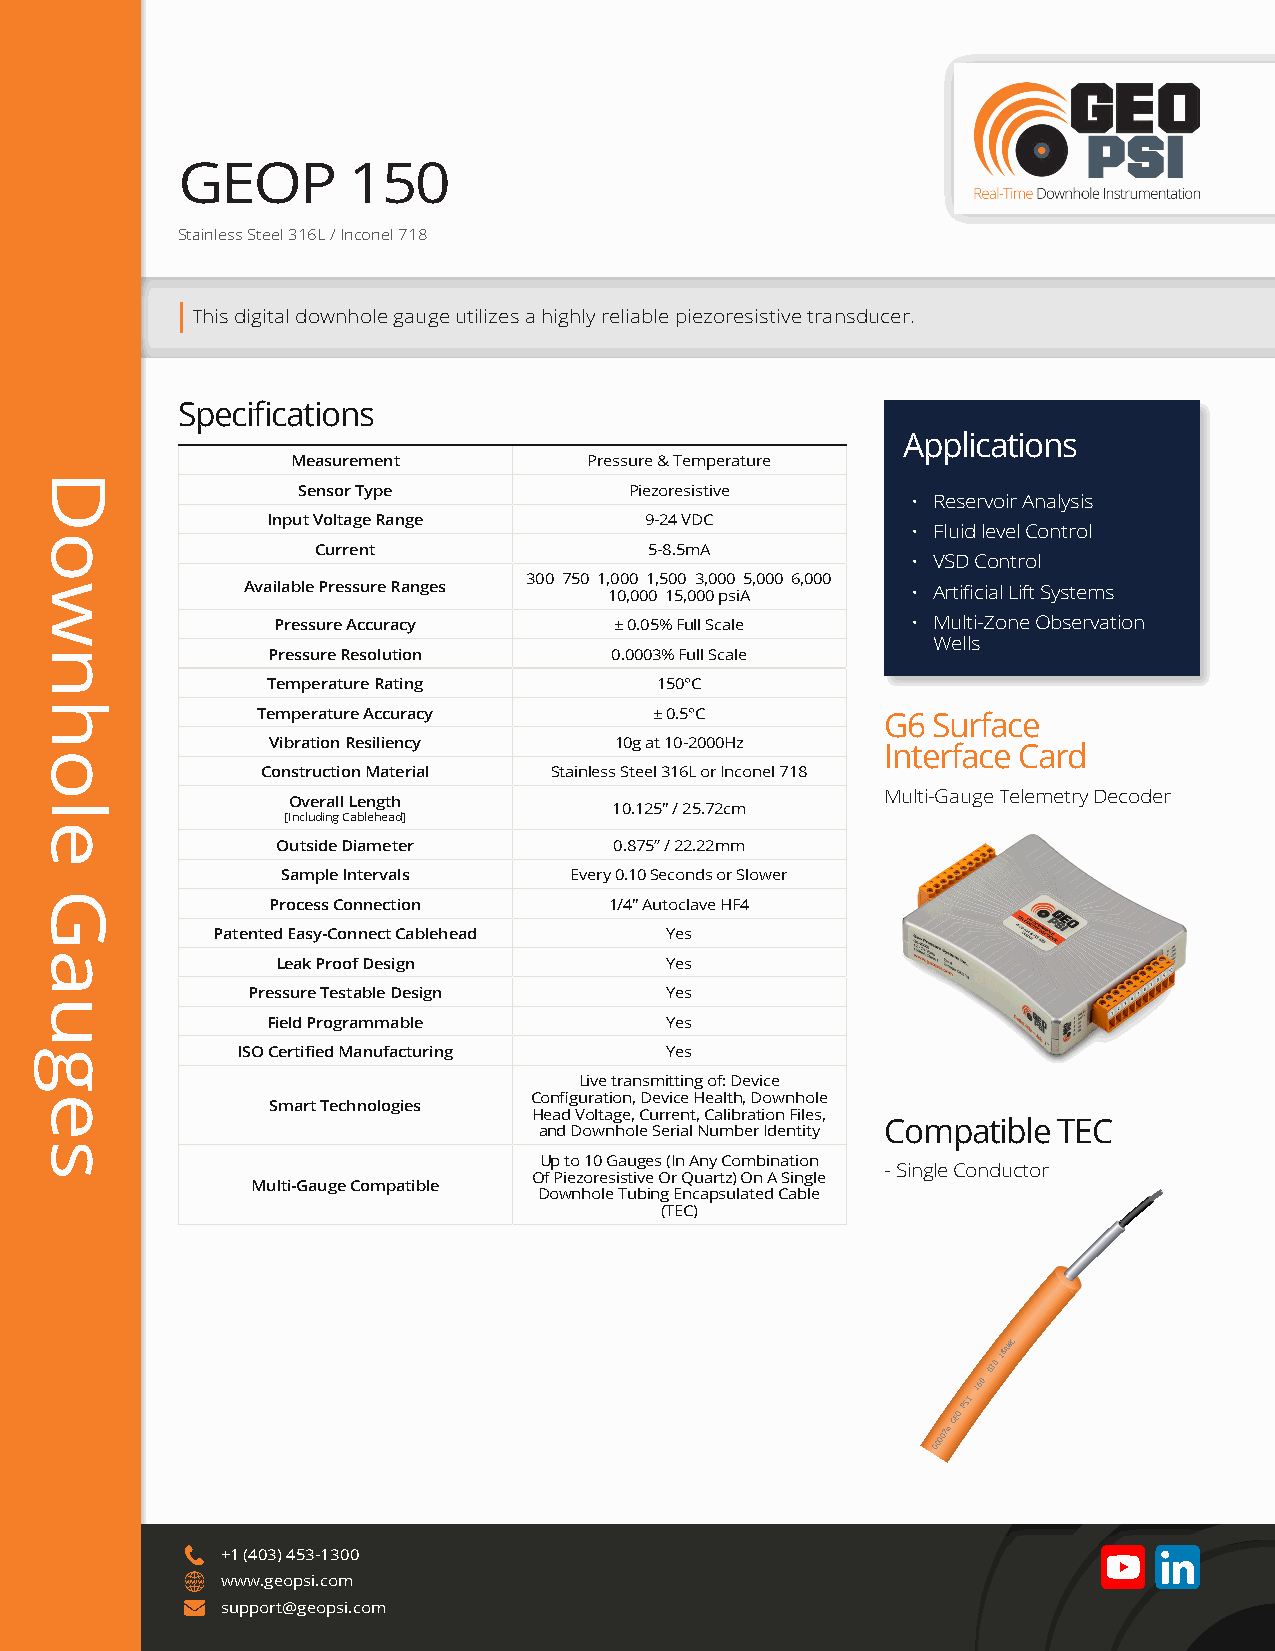
GEOP       150
 Stainless Steel 316L / Inconel 718
 This digital downhole gauge utilizes a highly reliable piezoresistive transducer.
 Specifications
 Applications
 Measurement         Pressure & Temperature
 Sensor Type           Piezoresistive
 • Reservoir Analysis
 Input Voltage Range      9-24 VDC
 • Fluid level Control
 Current               5-8.5mA
 • VSD Control
 300 750 1,000 1,500 3,000 5,000 6,000
 Available Pressure Ranges 10,000 15,000 psiA • Artificial Lift Systems
 Pressure Accuracy      ± 0.05% Full Scale • Multi-Zone Observation
 Wells
 Pressure Resolution   0.0003% Full Scale
 Temperature Rating       150°C
 Temperature Accuracy      ± 0.5°C         G6 Surface
 Vibration Resiliency   10g at 10-2000Hz
 Interface Card
 Construction Material Stainless Steel 316L or Inconel 718
 Multi-Gauge Telemetry Decoder
 Overall Length
 10.125″ / 25.72cm
 [Including Cablehead]
 Outside Diameter       0.875” / 22.22mm
 Sample Intervals   Every 0.10 Seconds or Slower
 Process Connection    1/4″ Autoclave HF4
 Patented Easy-Connect Cablehead Yes
 Leak Proof Design         Yes
 Pressure Testable Design    Yes
 Field Programmable        Yes
 ISO Certified Manufacturing Yes
 Live transmitting of: Device
 Configuration, Device Health, Downhole
 Smart Technologies
 Head Voltage, Current, Calibration Files,
 Compatible TEC
 and Downhole Serial Number Identity
 Up to 10 Gauges (In Any Combination
 - Single Conductor
 Of Piezoresistive Or Quartz) On A Single
 Multi-Gauge Compatible
 Downhole Tubing Encapsulated Cable
 (TEC)
 00007m
 GEO
 PSI
 .160
 .030
 18AWG
 +1 (403) 453-1300
 WWW www.geopsi.com
 support@geopsi.com
 Downhole
 Gauges